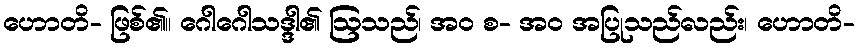
ဟောတိ- ဖြစ်၏။ ဂေါဂေါသဒ္ဒါ၏ ဩသည်၊ အဝ စ- အဝ အပြုသည်လည်း၊ ဟောတိ-